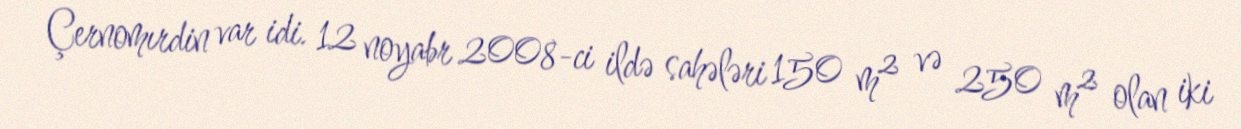
Çernomırdin var idi. 12 noyabr 2008-ci ildə sahələri 150 m² və 250 m² olan iki